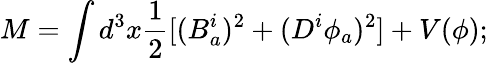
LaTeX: M=\int d^{3}x\frac{1}{2}[(B_{a}^{i})^{2}+(D^{i}\phi_{a})^{2}]+V(\phi);